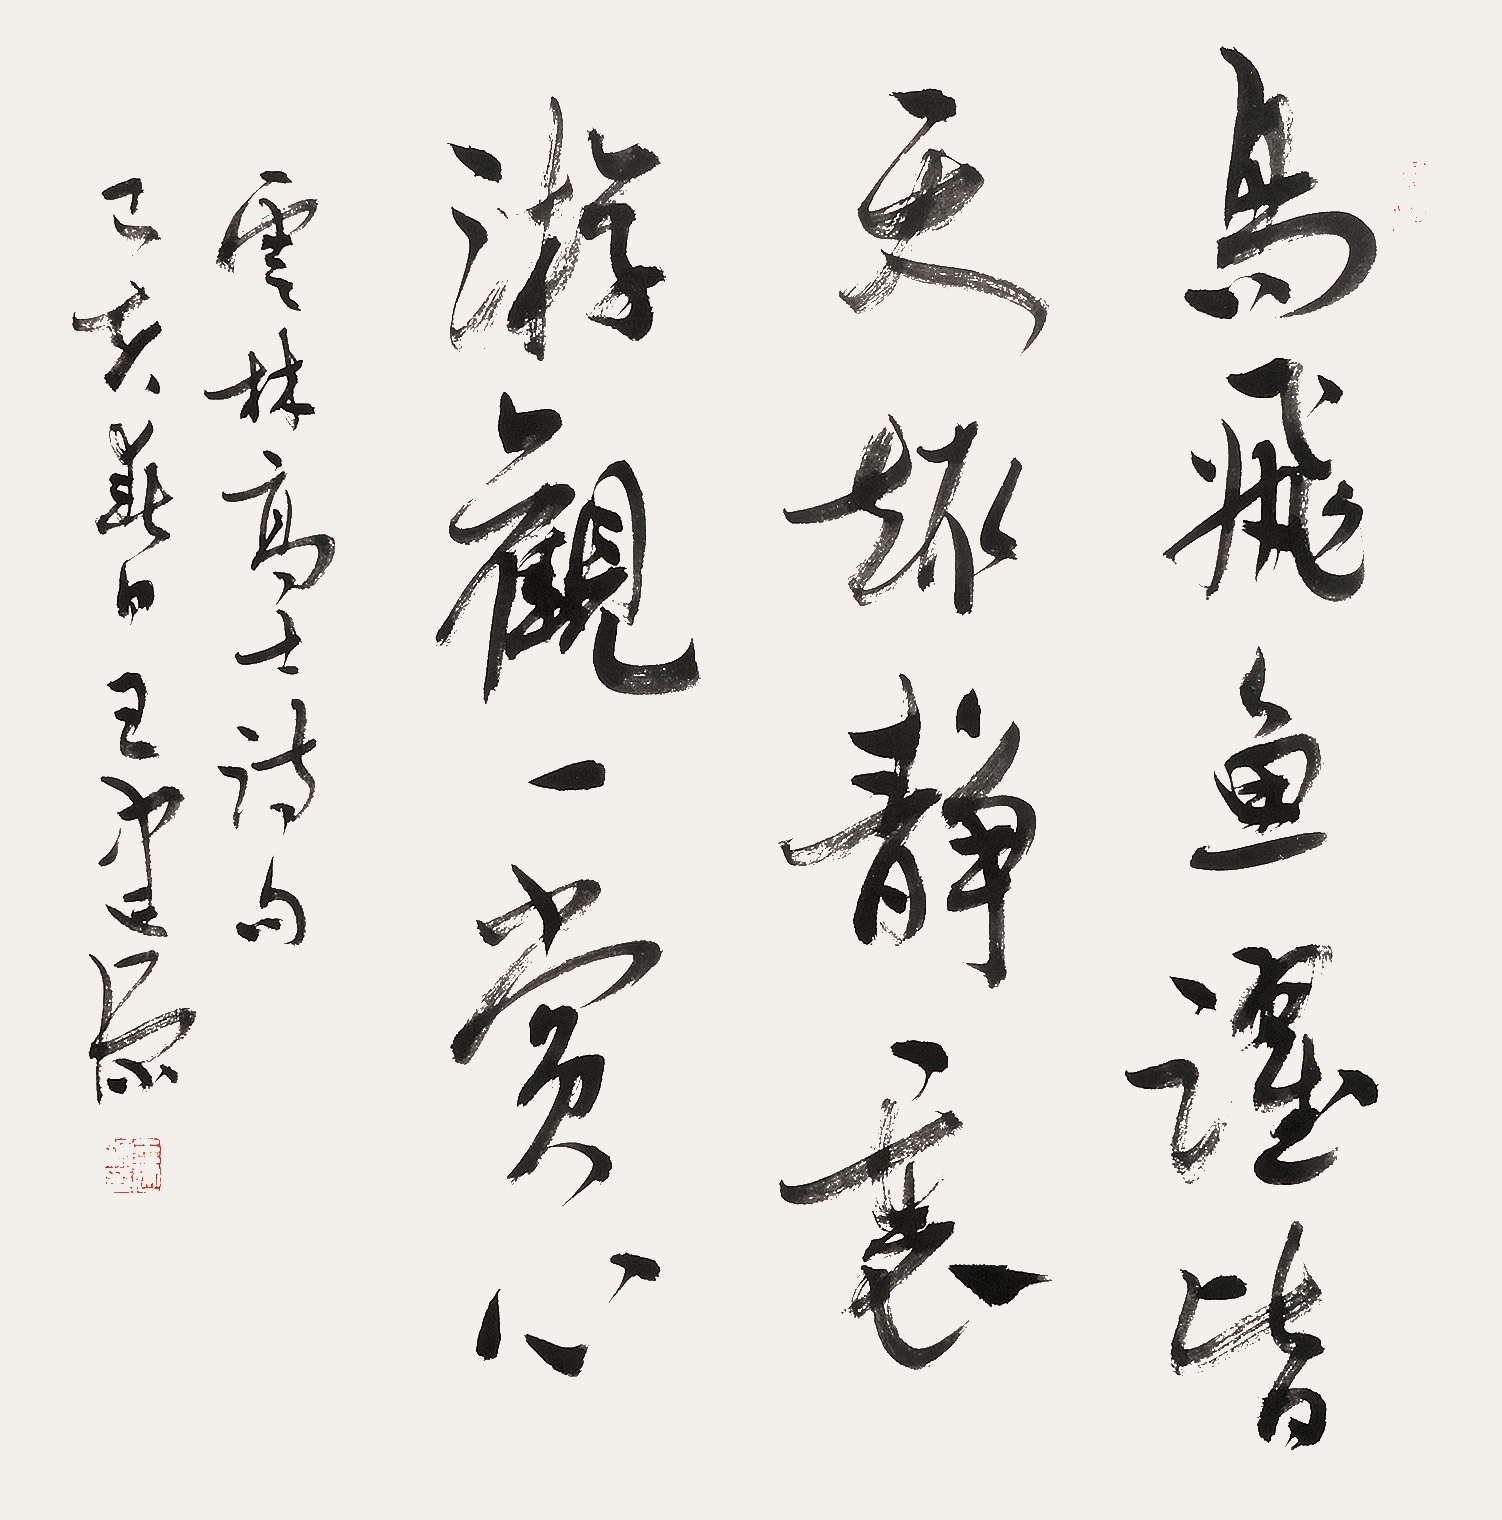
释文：鸟飞鱼跃皆天趣，静里游观一赏心。云林高士诗句，己亥春日王建源。